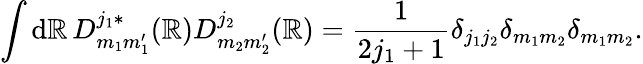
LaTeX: \int\mathrm{d}\mathbb{R}\, D_{m_{1}m_{1}^{\prime}}^{j_{1}\ast}(\mathbb{R})D_{m_{2}m_{2}^{\prime}}^{j_{2}}(\mathbb{R})=\frac{{1}}{{2j_{1}+1}}\delta_{j_{1}j_{2}}\delta_{m_{1}m_{2}}\delta_{m_{1}m_{2}}.